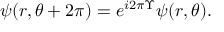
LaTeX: \psi ( r , \theta + 2 \pi ) = e ^ { i 2 \pi \Upsilon } \psi ( r , \theta ) .